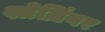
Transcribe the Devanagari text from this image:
श्लेज़िंगर